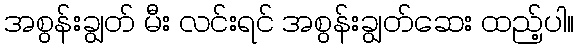
အစွန်းချွတ် မီး လင်းရင် အစွန်းချွတ်ဆေး ထည့်ပါ။